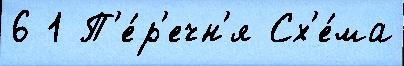
6 1 П'е́р'ечн'я Сх'е́ма